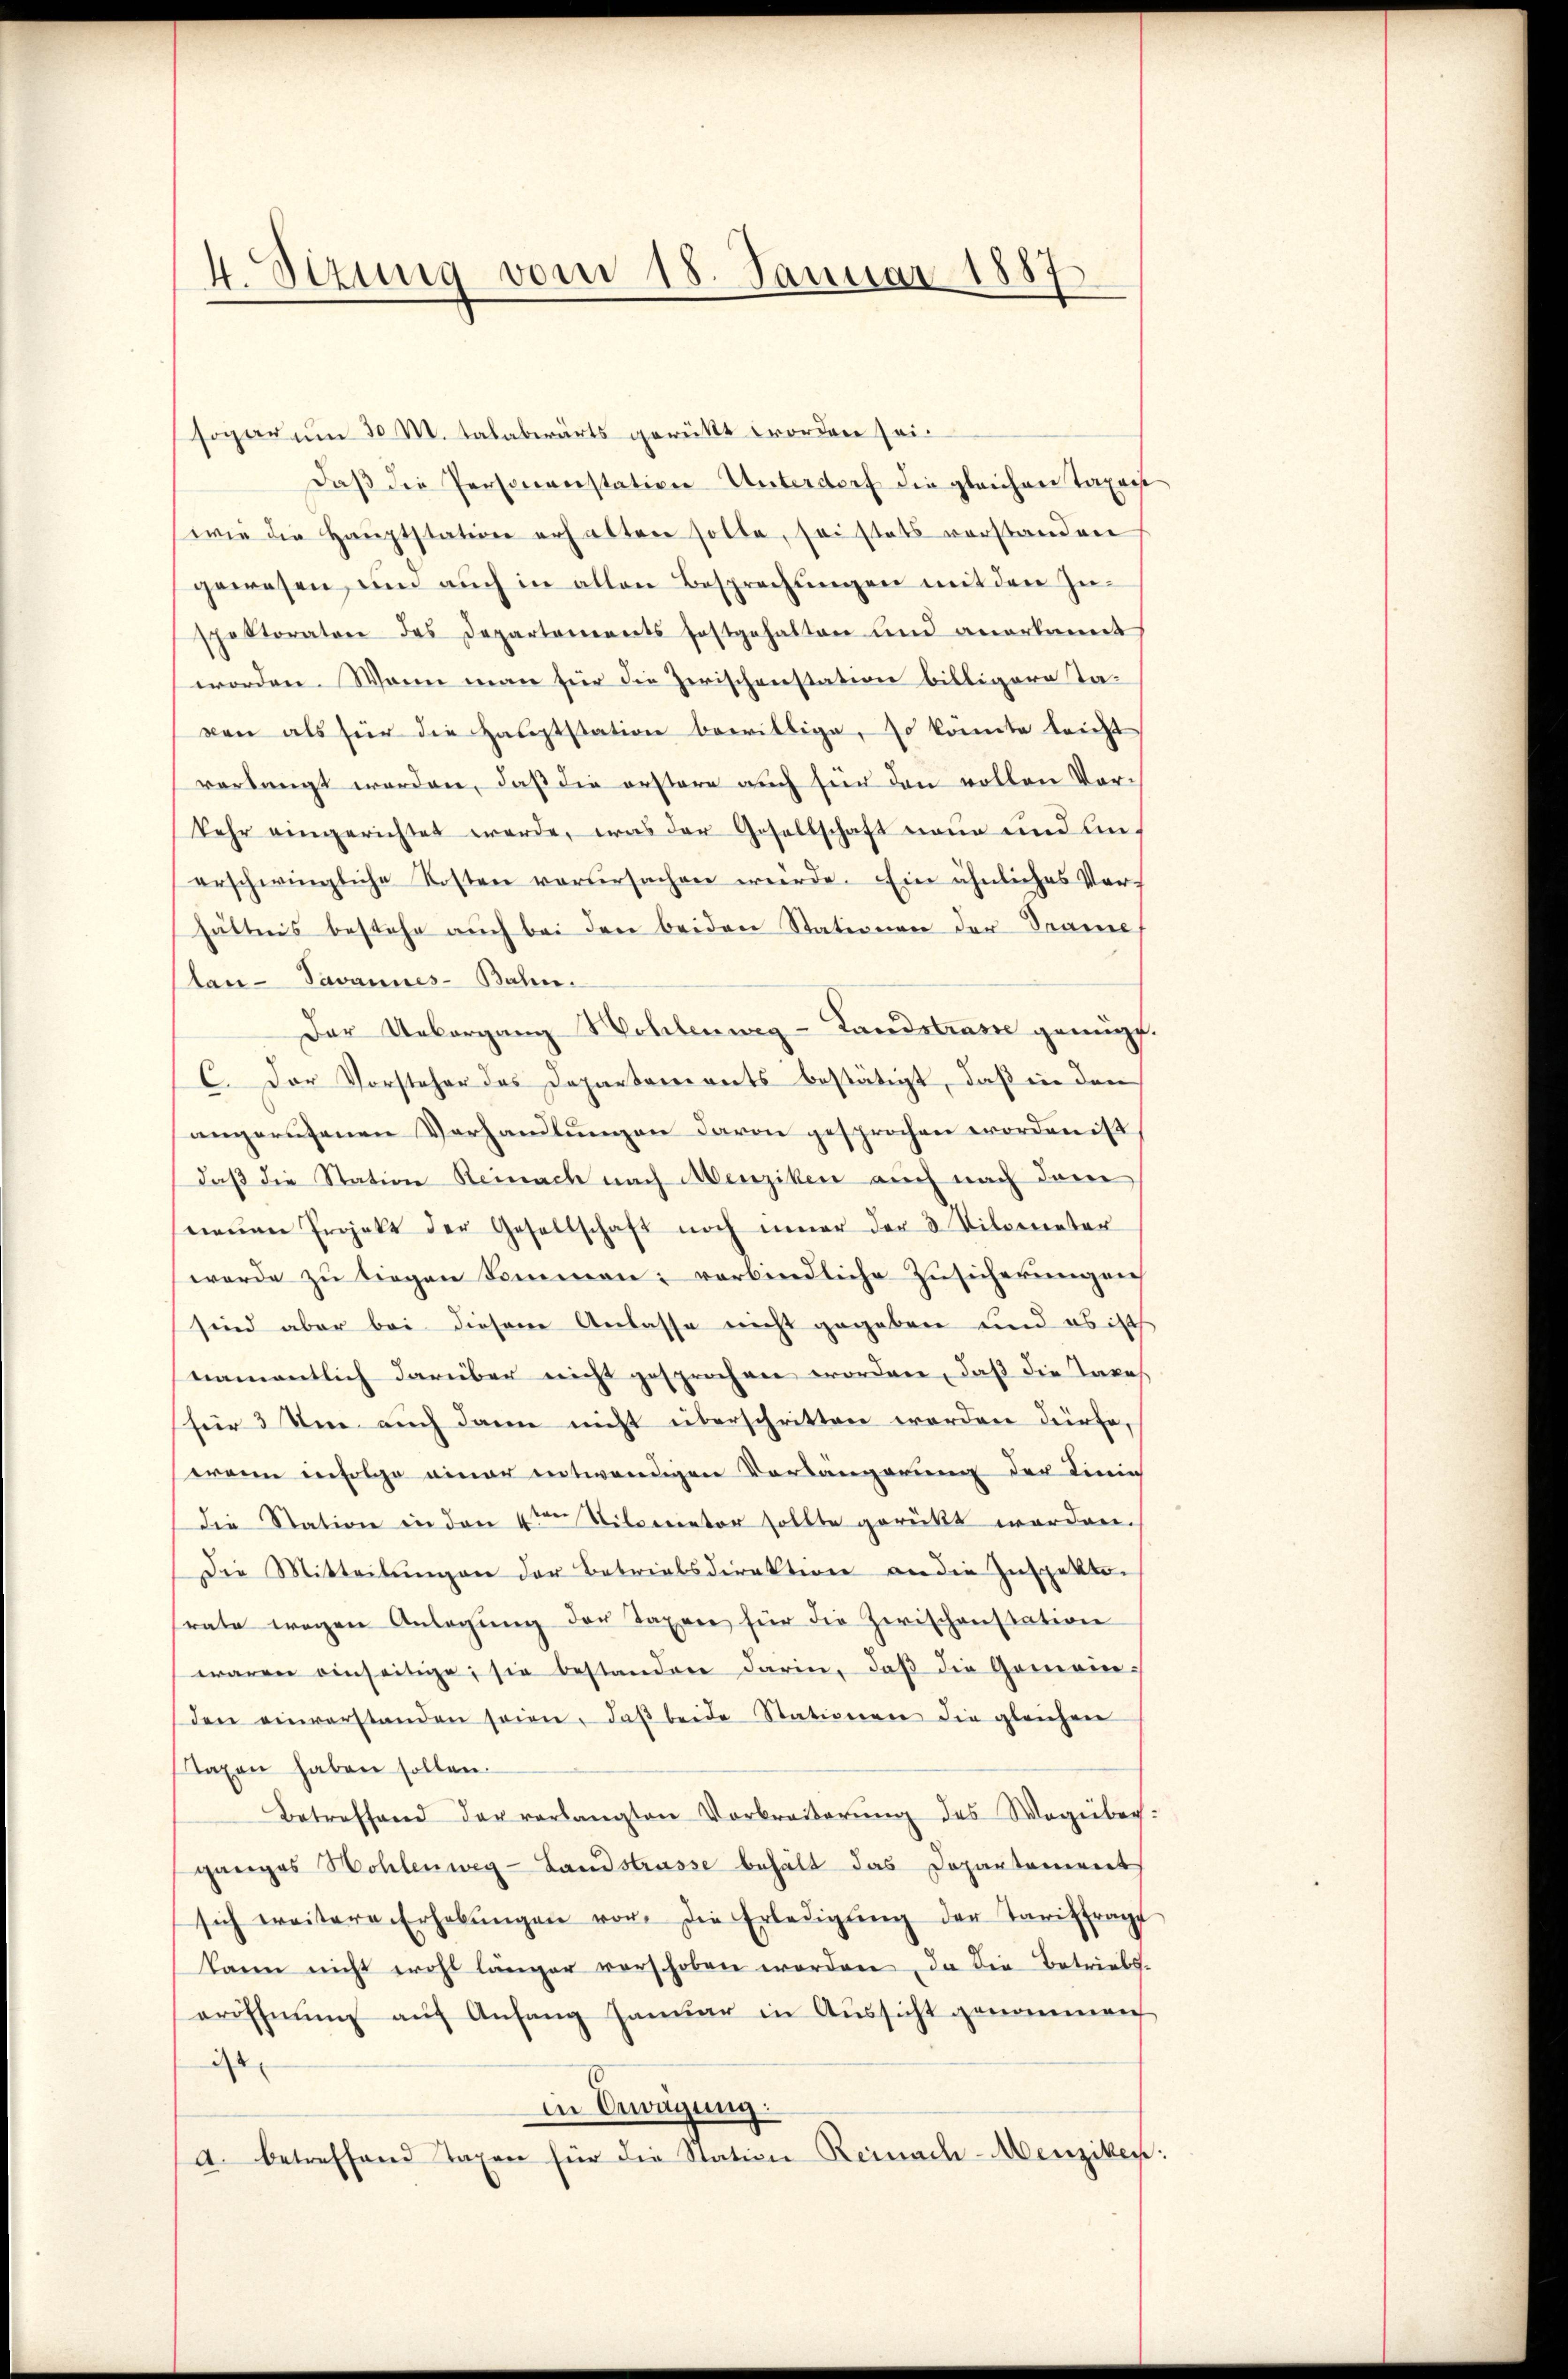
4. Sizung vom 18. Januar 1887

sogar um 30 M. talabwärts gerückt worden sei¬
Daβ die Personenstation Unterdorf die gleichen Taxenst
wie die Hauptstation erhalten solle, sei stets verstanden
gewesen, um auch in allen Besprechŭngen mit den Zu-
spektoratore des Departements festgehalten und anerkannt
worden. Wann man für die Zerischenstation billigere Ta-
ven als für die Hauptstation bewillige, so konnte leicht
verlangt werden, daß die erstere auch für den vollen Vorkehr eingerichtet werde, was der Gesellschaft neue und Anerschwingliche Kosten verŭrsachen werde. Ein ähnliches Ver-
hältnis bestehe auch bei den beiden Stationen der Trame
lan- Savannes-Bahn.
Der Uebergang Wollenweg - Landstrage genügt.
C. Der Vorsteher des Departariants bestätigt, daß in den
angerufenen Vorhandlungen davon gesprochen worden ist
daß die Station Reinach nach Menziken auch nach dem
neŭen Projekt der Gesellschaft noch inner der 3 Vilometer
werde zu liegen kommen verbindliche Zusicherungen
sind aber bei diesem Anlasse nicht gegeben und es ist
namentlich darüber nicht gesprochen worden, daß die Taxes.
für 3 Um auch dann nicht überschritten werden dürfe,
wann infolge einer entwendigen Verlängerung der Linie
Die Station in den 4ten Nilometer sollte gerückt worden.
Die Mitteilŭngen der Betriebsdirektion an die Inspekto
rate wegen Anlegŭng der Taxen für die Zwischenstation
waren einseitige, sie bestandere darin, daß die Gemein-
den einverstanden seien, daβ beide Stationen die gleichen
taxen haben sollen.
Betreffend der verlangten Verbreiberŭng des Wegeber:
ganges Wohlenweg-Landstrasse behält das Departement
sich weitere Erhebŭngen vor. Die Erledigŭng der Tariffrage
kann nicht wohl länger verschoben worden, da die Betriebs-
eröffnung auf Anfang Januar in Aussicht genommen
ist
in Erwägung:
a. betreffend Taxen für die Station Reinach-Menziker